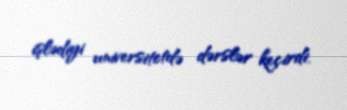
işlədiyi universitetdə dərslər keçirdi.